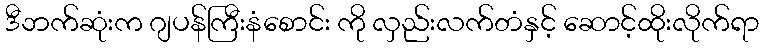
ဒီဘက်ဆုံးက ဂျပန်ကြီးနံစောင်း ကို လှည်းလက်တံနှင့် ဆောင့်ထိုးလိုက်ရာ